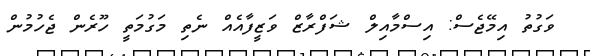
ވަގުތު އިމޭޖެސް: އިސްމާއިލް ޝަފްރާޒް ވަޒީފާއެއް ނެތި މަގުމަތީ ހޫރެން ޖެހުމުން